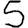
Digit: 5